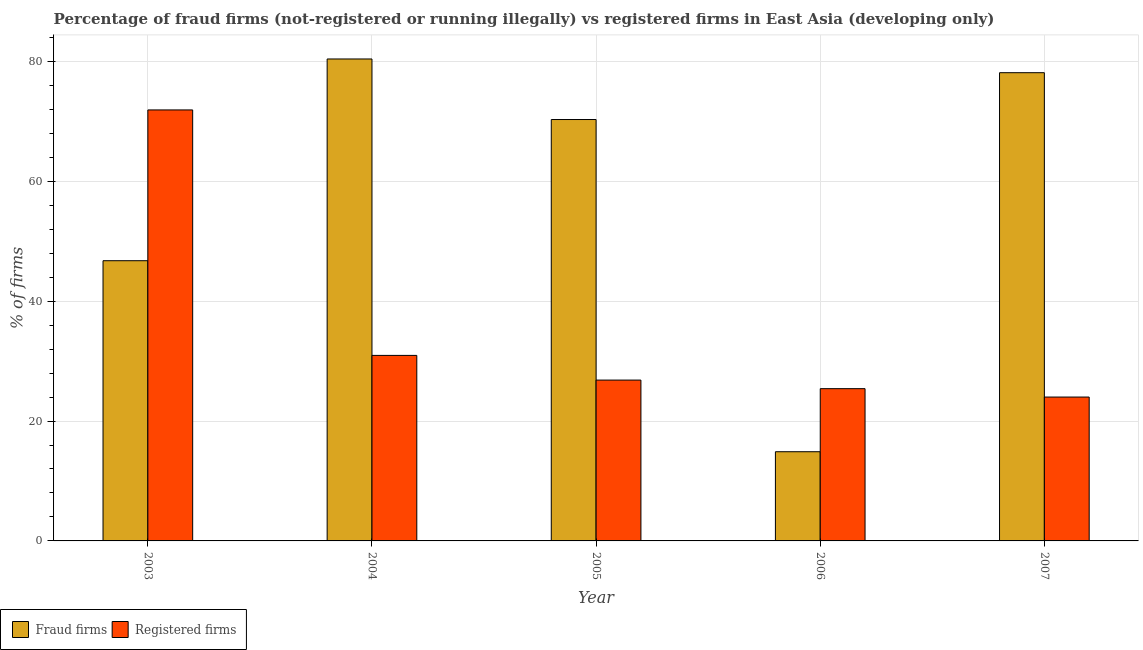
| Year | Fraud firms | Registered firms |
 | --- | --- | --- |
 | 2003 | 46.7 | 71.9 |
 | 2004 | 80.4 | 30.9 |
 | 2005 | 70.3 | 26.8 |
 | 2006 | 14.9 | 25.4 |
 | 2007 | 78.1 | 24 |